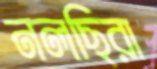
নলছিরা